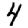
Digit: 4